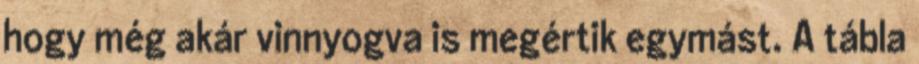
hogy még akár vinnyogva is megértik egymást. A tábla